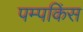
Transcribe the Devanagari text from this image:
पम्पकिंस